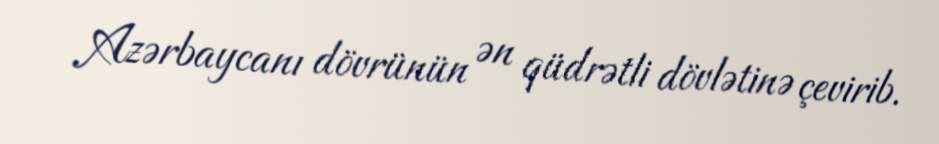
Azərbaycanı dövrünün ən qüdrətli dövlətinə çevirib.